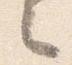
之